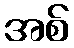
အစ်